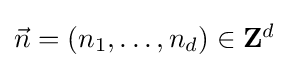
\textstyle {\vec {n}}=(n_{1},\dots ,n_{d})\in \mathbf {Z} ^{d}